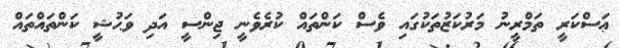
ޢަސްކަރީ ތަމްރީނު މަރުކަޒުތަކުގައި ވެސް ކަންތައް ކުރެވެނީ ޖިންސީ އަދި ވަޙުޝީ ކަންތައްތައް